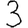
Digit: 3